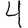
Digit: 4